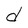
Character: d